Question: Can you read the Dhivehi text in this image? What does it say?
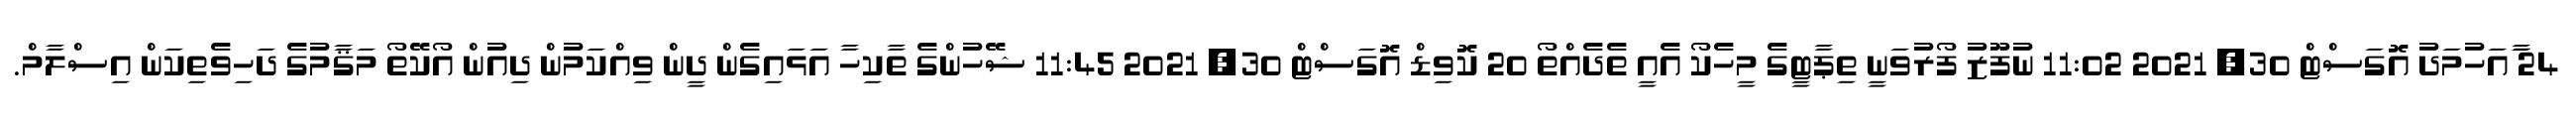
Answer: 24 ާައަހުމަދު އޮގަސްޓް 30, 2021 11:02 ނުފޫޒު ފޯރުވަނީ ތިޕާޓީގެ މީހެކޯ އެއީ ތެދެއްތޯ 20 ކޮވިޑް އޮގަސްޓް 30, 2021 11:45 ޝޭހުންގެ ތާކިހާ އަޅައިގެން ދީން ވިއްކަމުން ދިއުން އޯކޭތޯ މަޤާމުގެ ދަހިވެތިކަން އިސްލާމް.